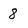
Character: 8